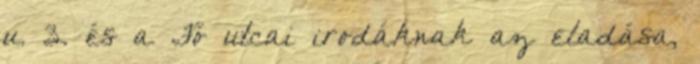
u. 3. és a Fő utcai irodáknak az eladása,